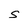
Character: S